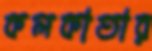
কলকাতার